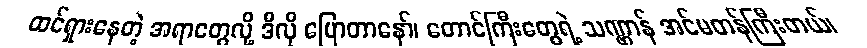
ထင်ရှားနေတဲ့ အရာတွေလို့ ဒီလို ပြောတာနော်၊ တောင်ကြီးတွေရဲ့ သဏ္ဌာန် အင်မတန်ကြီးတယ်၊